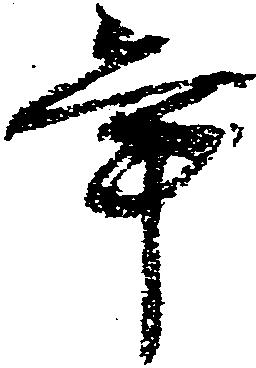
年